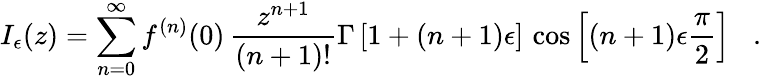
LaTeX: I_{\epsilon}(z)=\sum_{n=0}^{\infty}f^{(n)}(0)\, \frac{z^{n+1}}{(n+1)!}\Gamma\left[1+(n+1)\epsilon\right]\, \cos\left[(n+1)\epsilon\frac{\pi}{2}\right]\; \; \; .